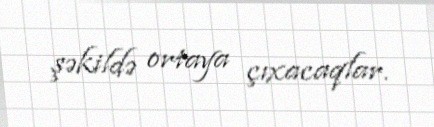
şəkildə ortaya çıxacaqlar.